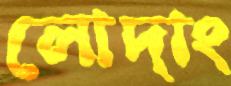
লোদাং